Bréfritari: Aðalbjartur Bjarnason (Albert Arnason)
Dagsetning: A-1902-09-22
Skrifað á: Vesturheimi

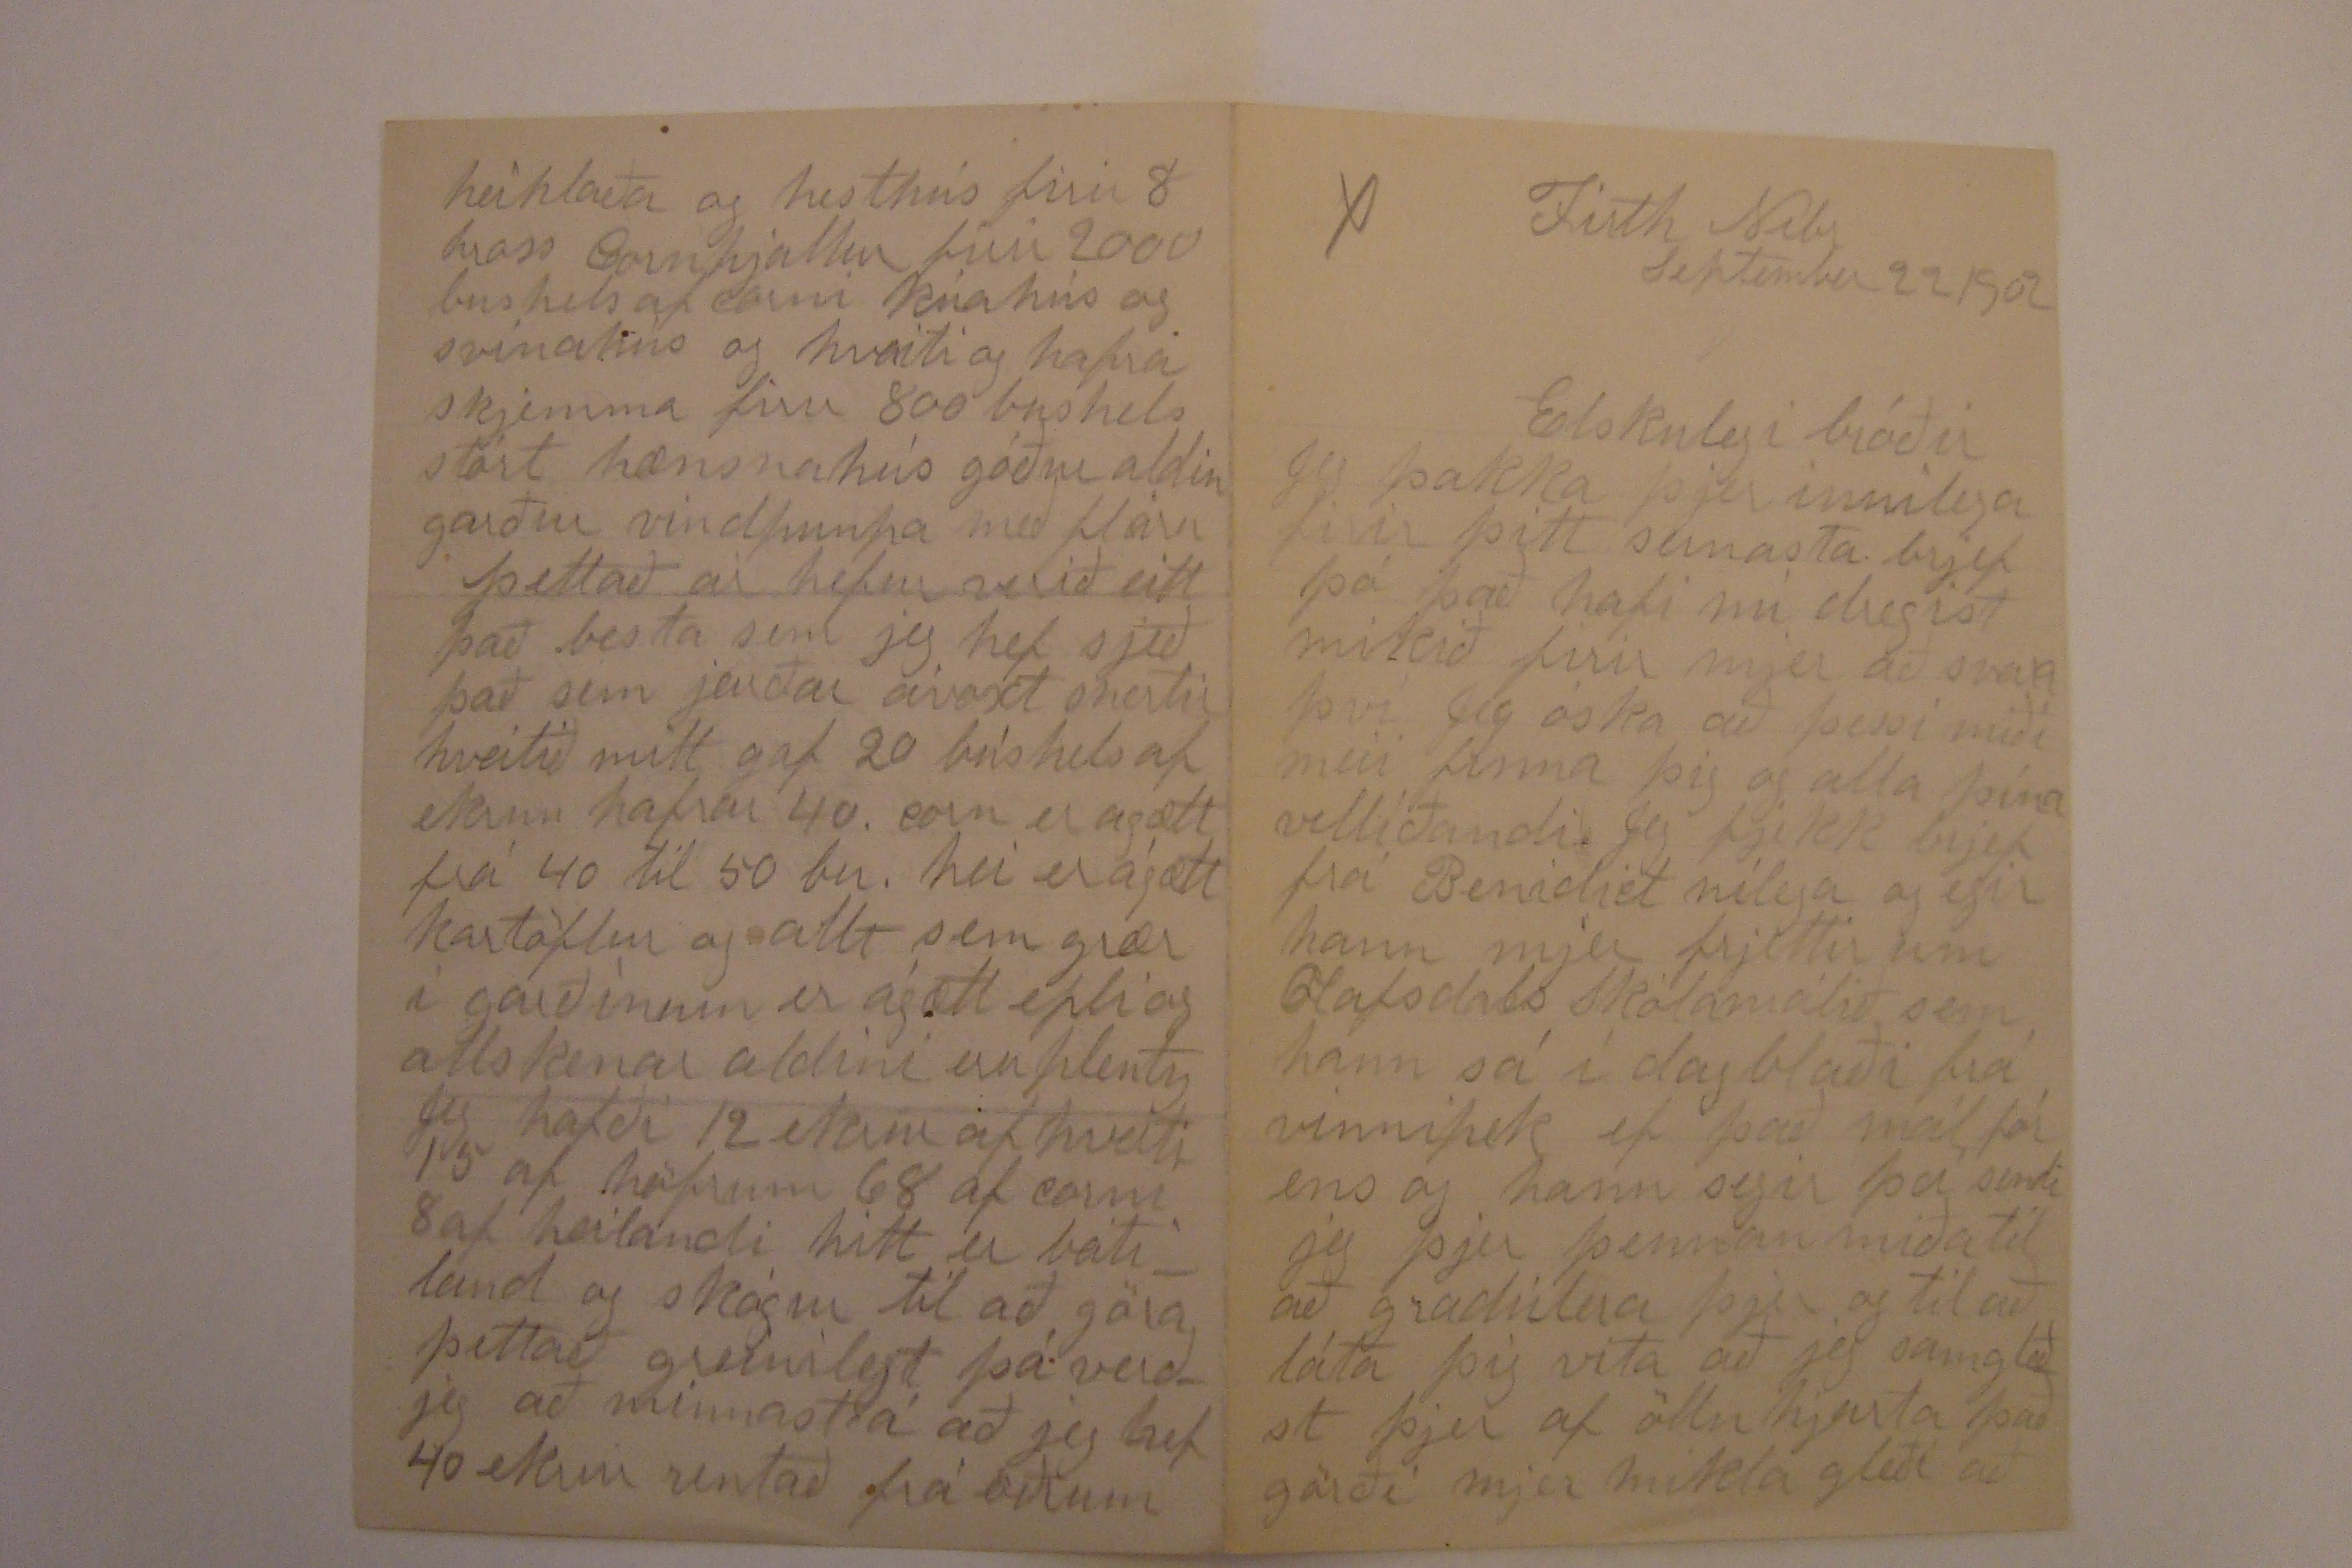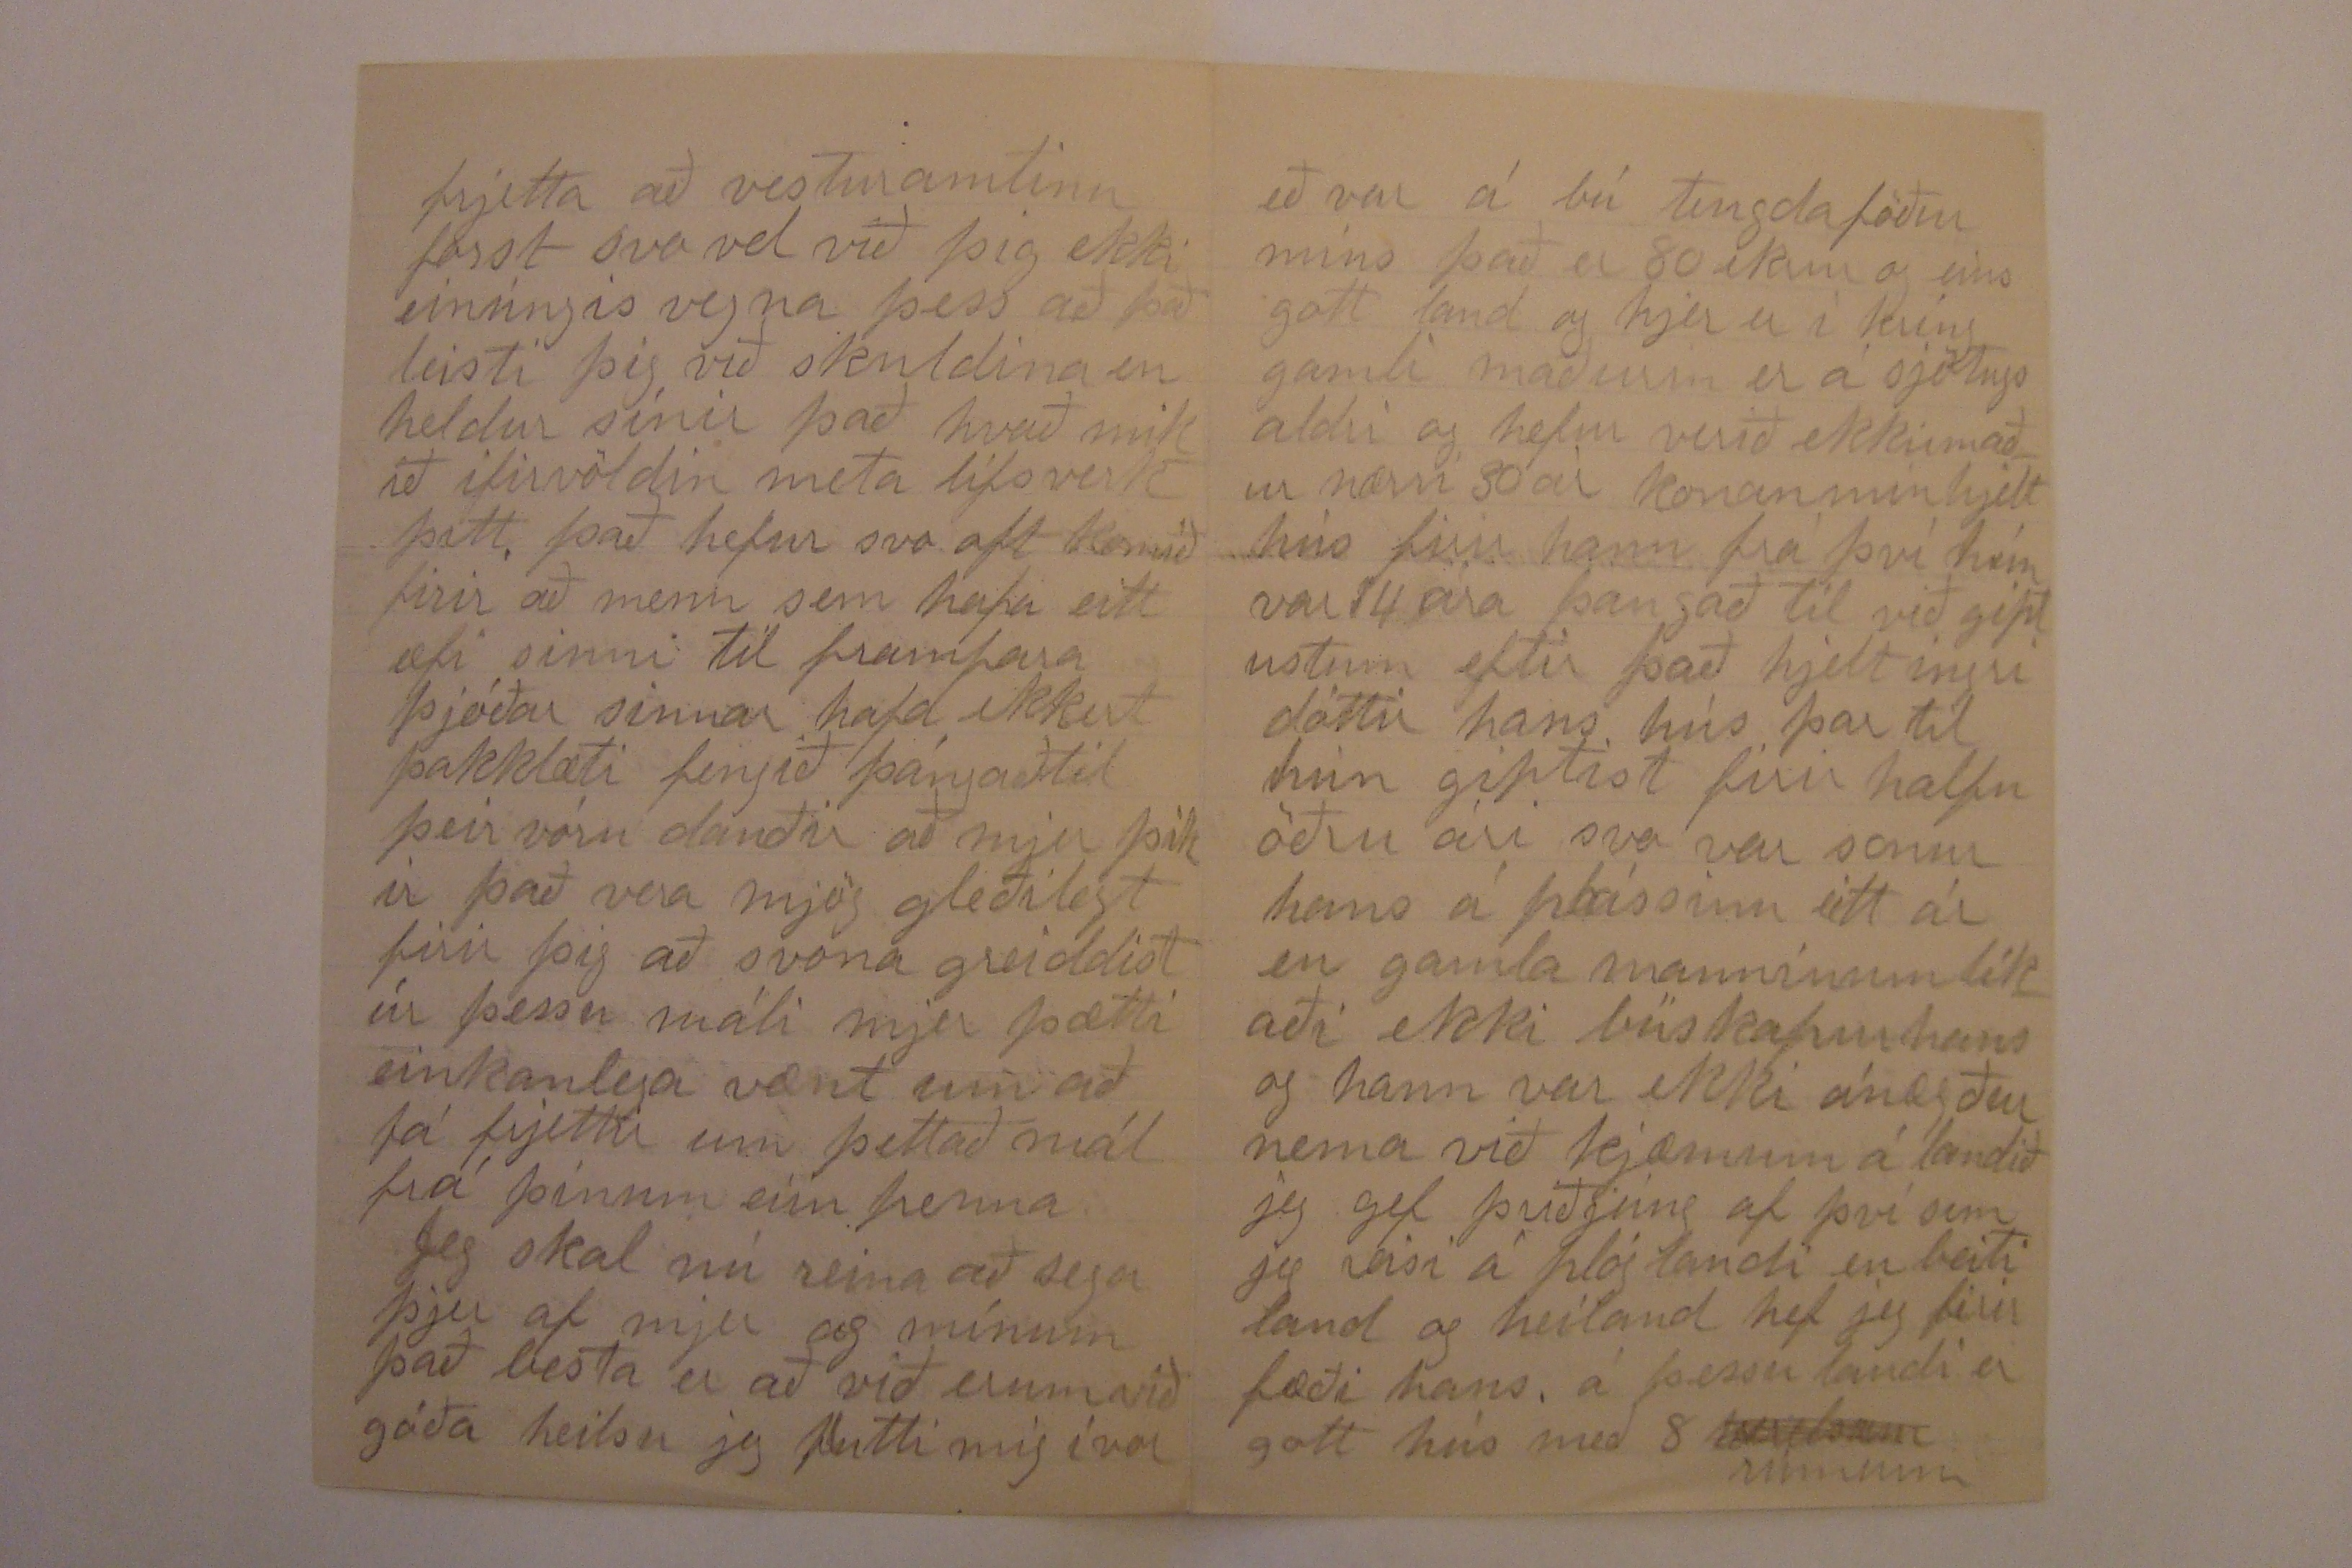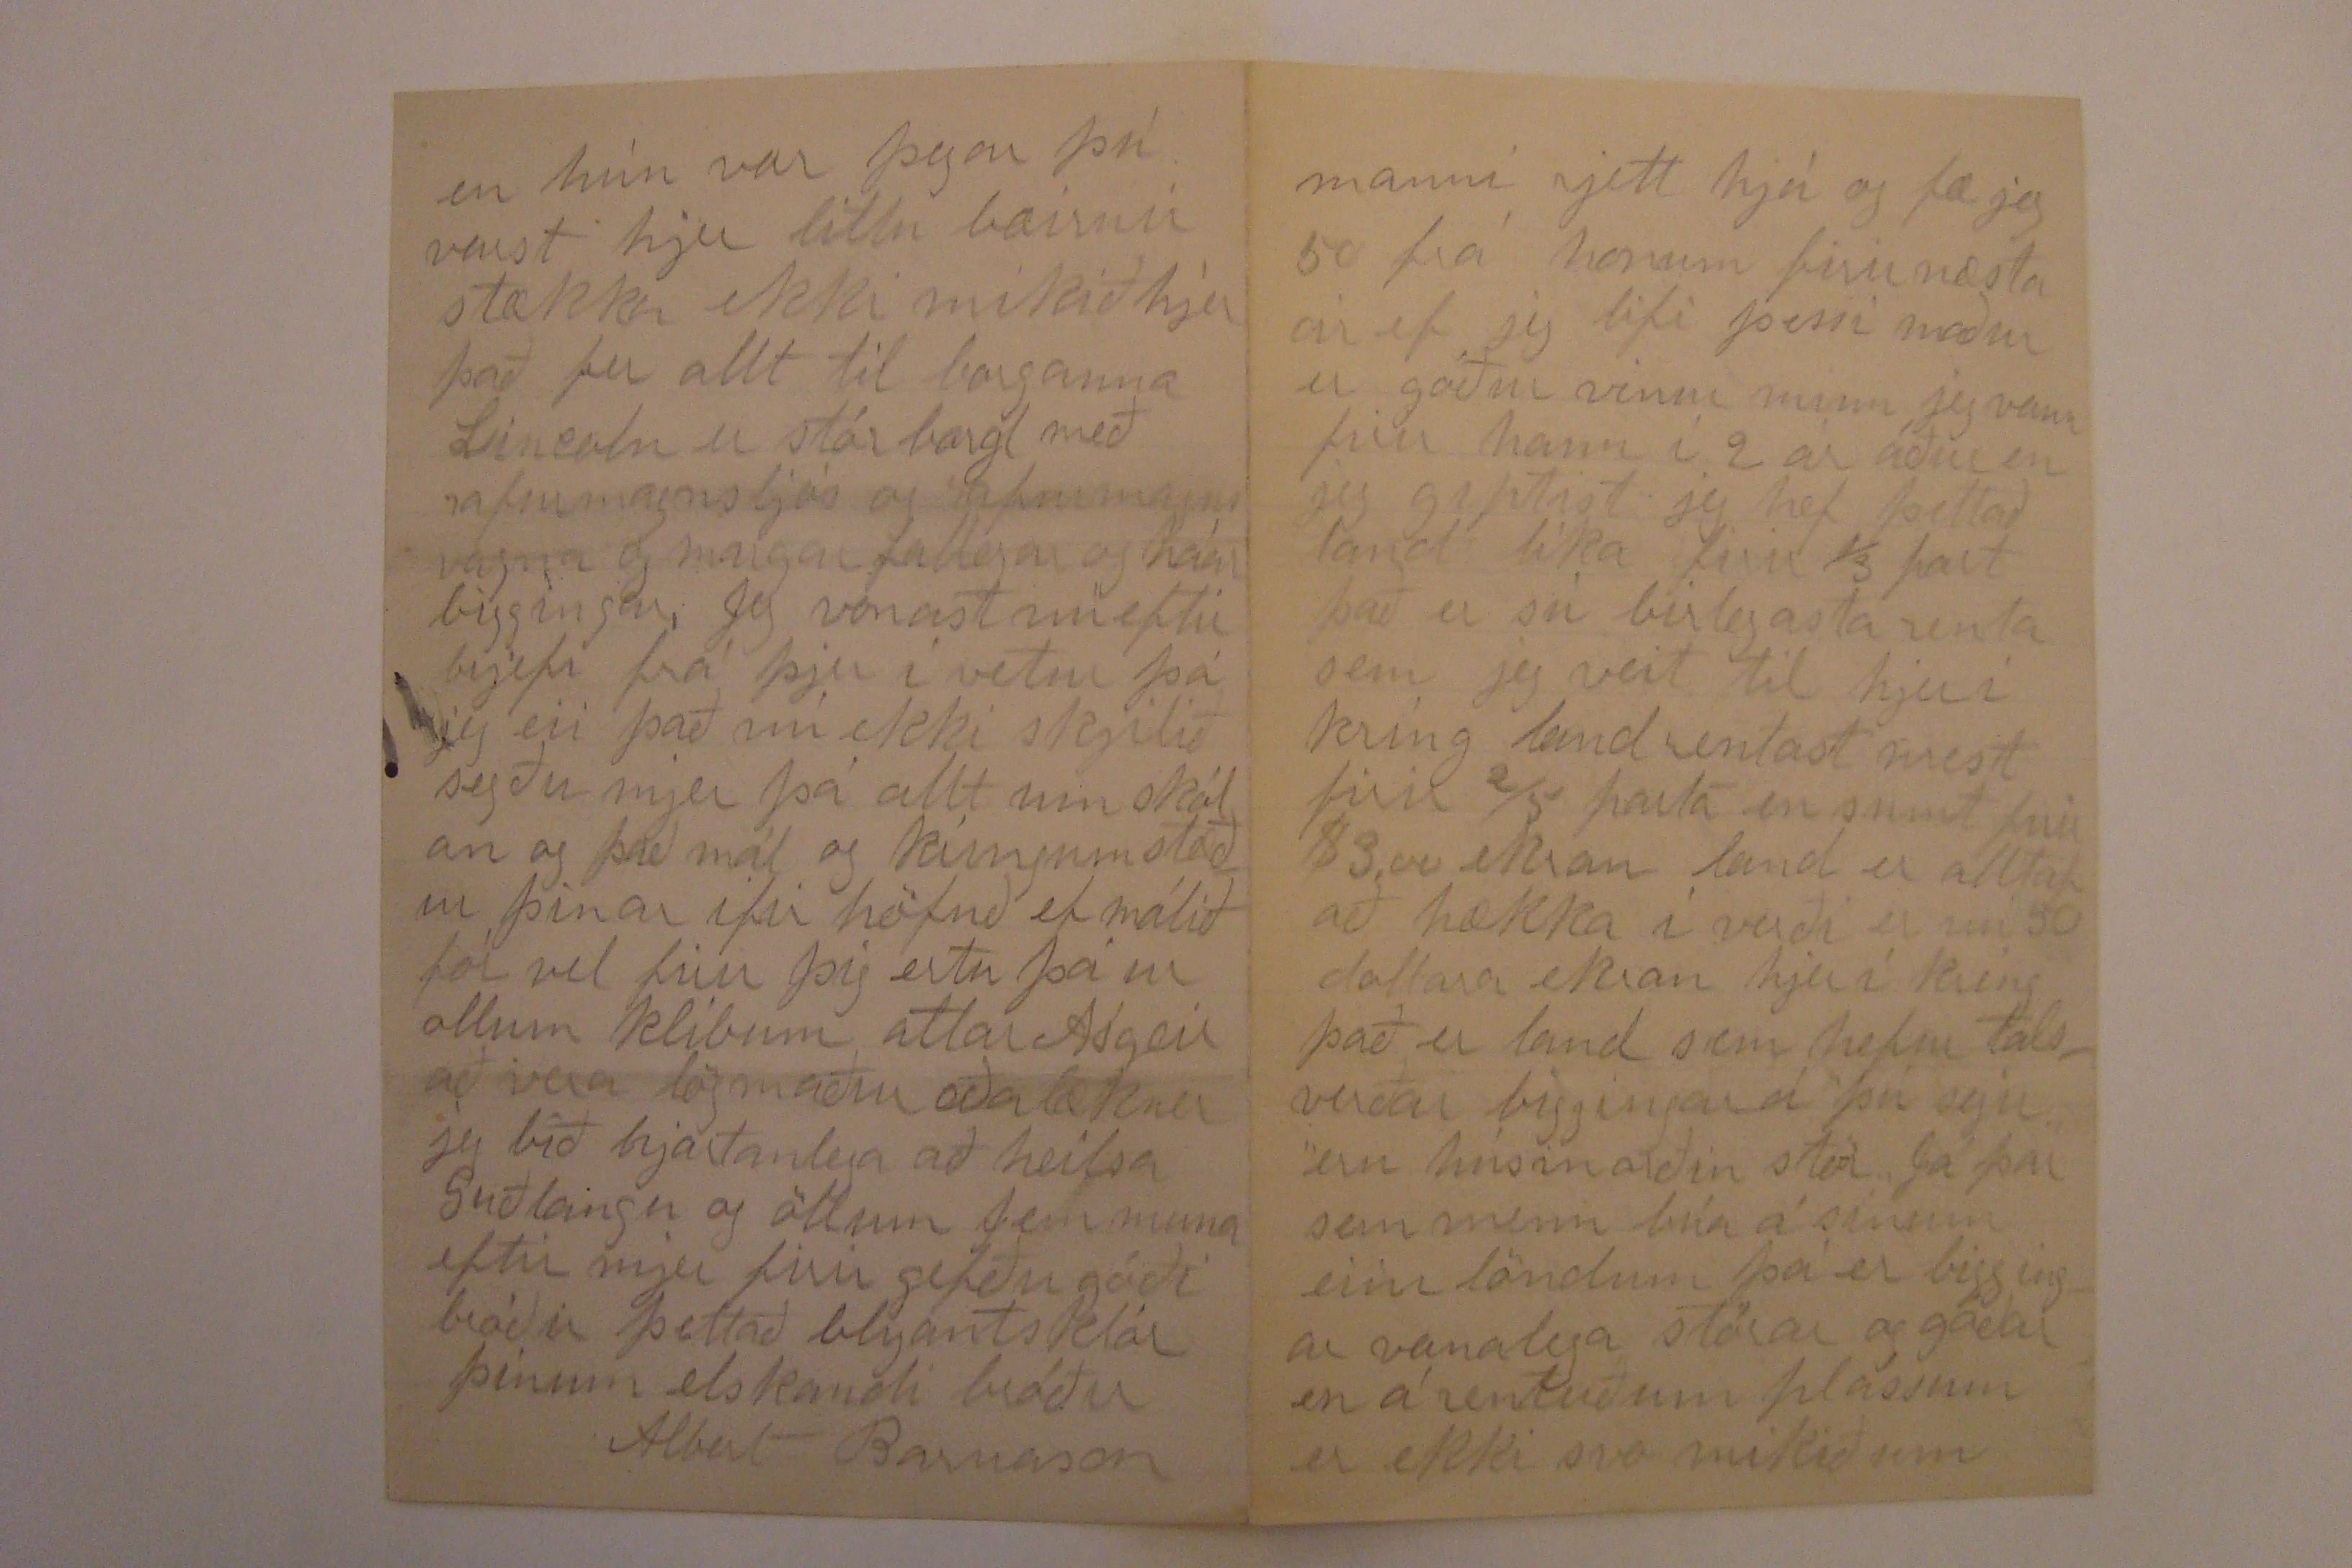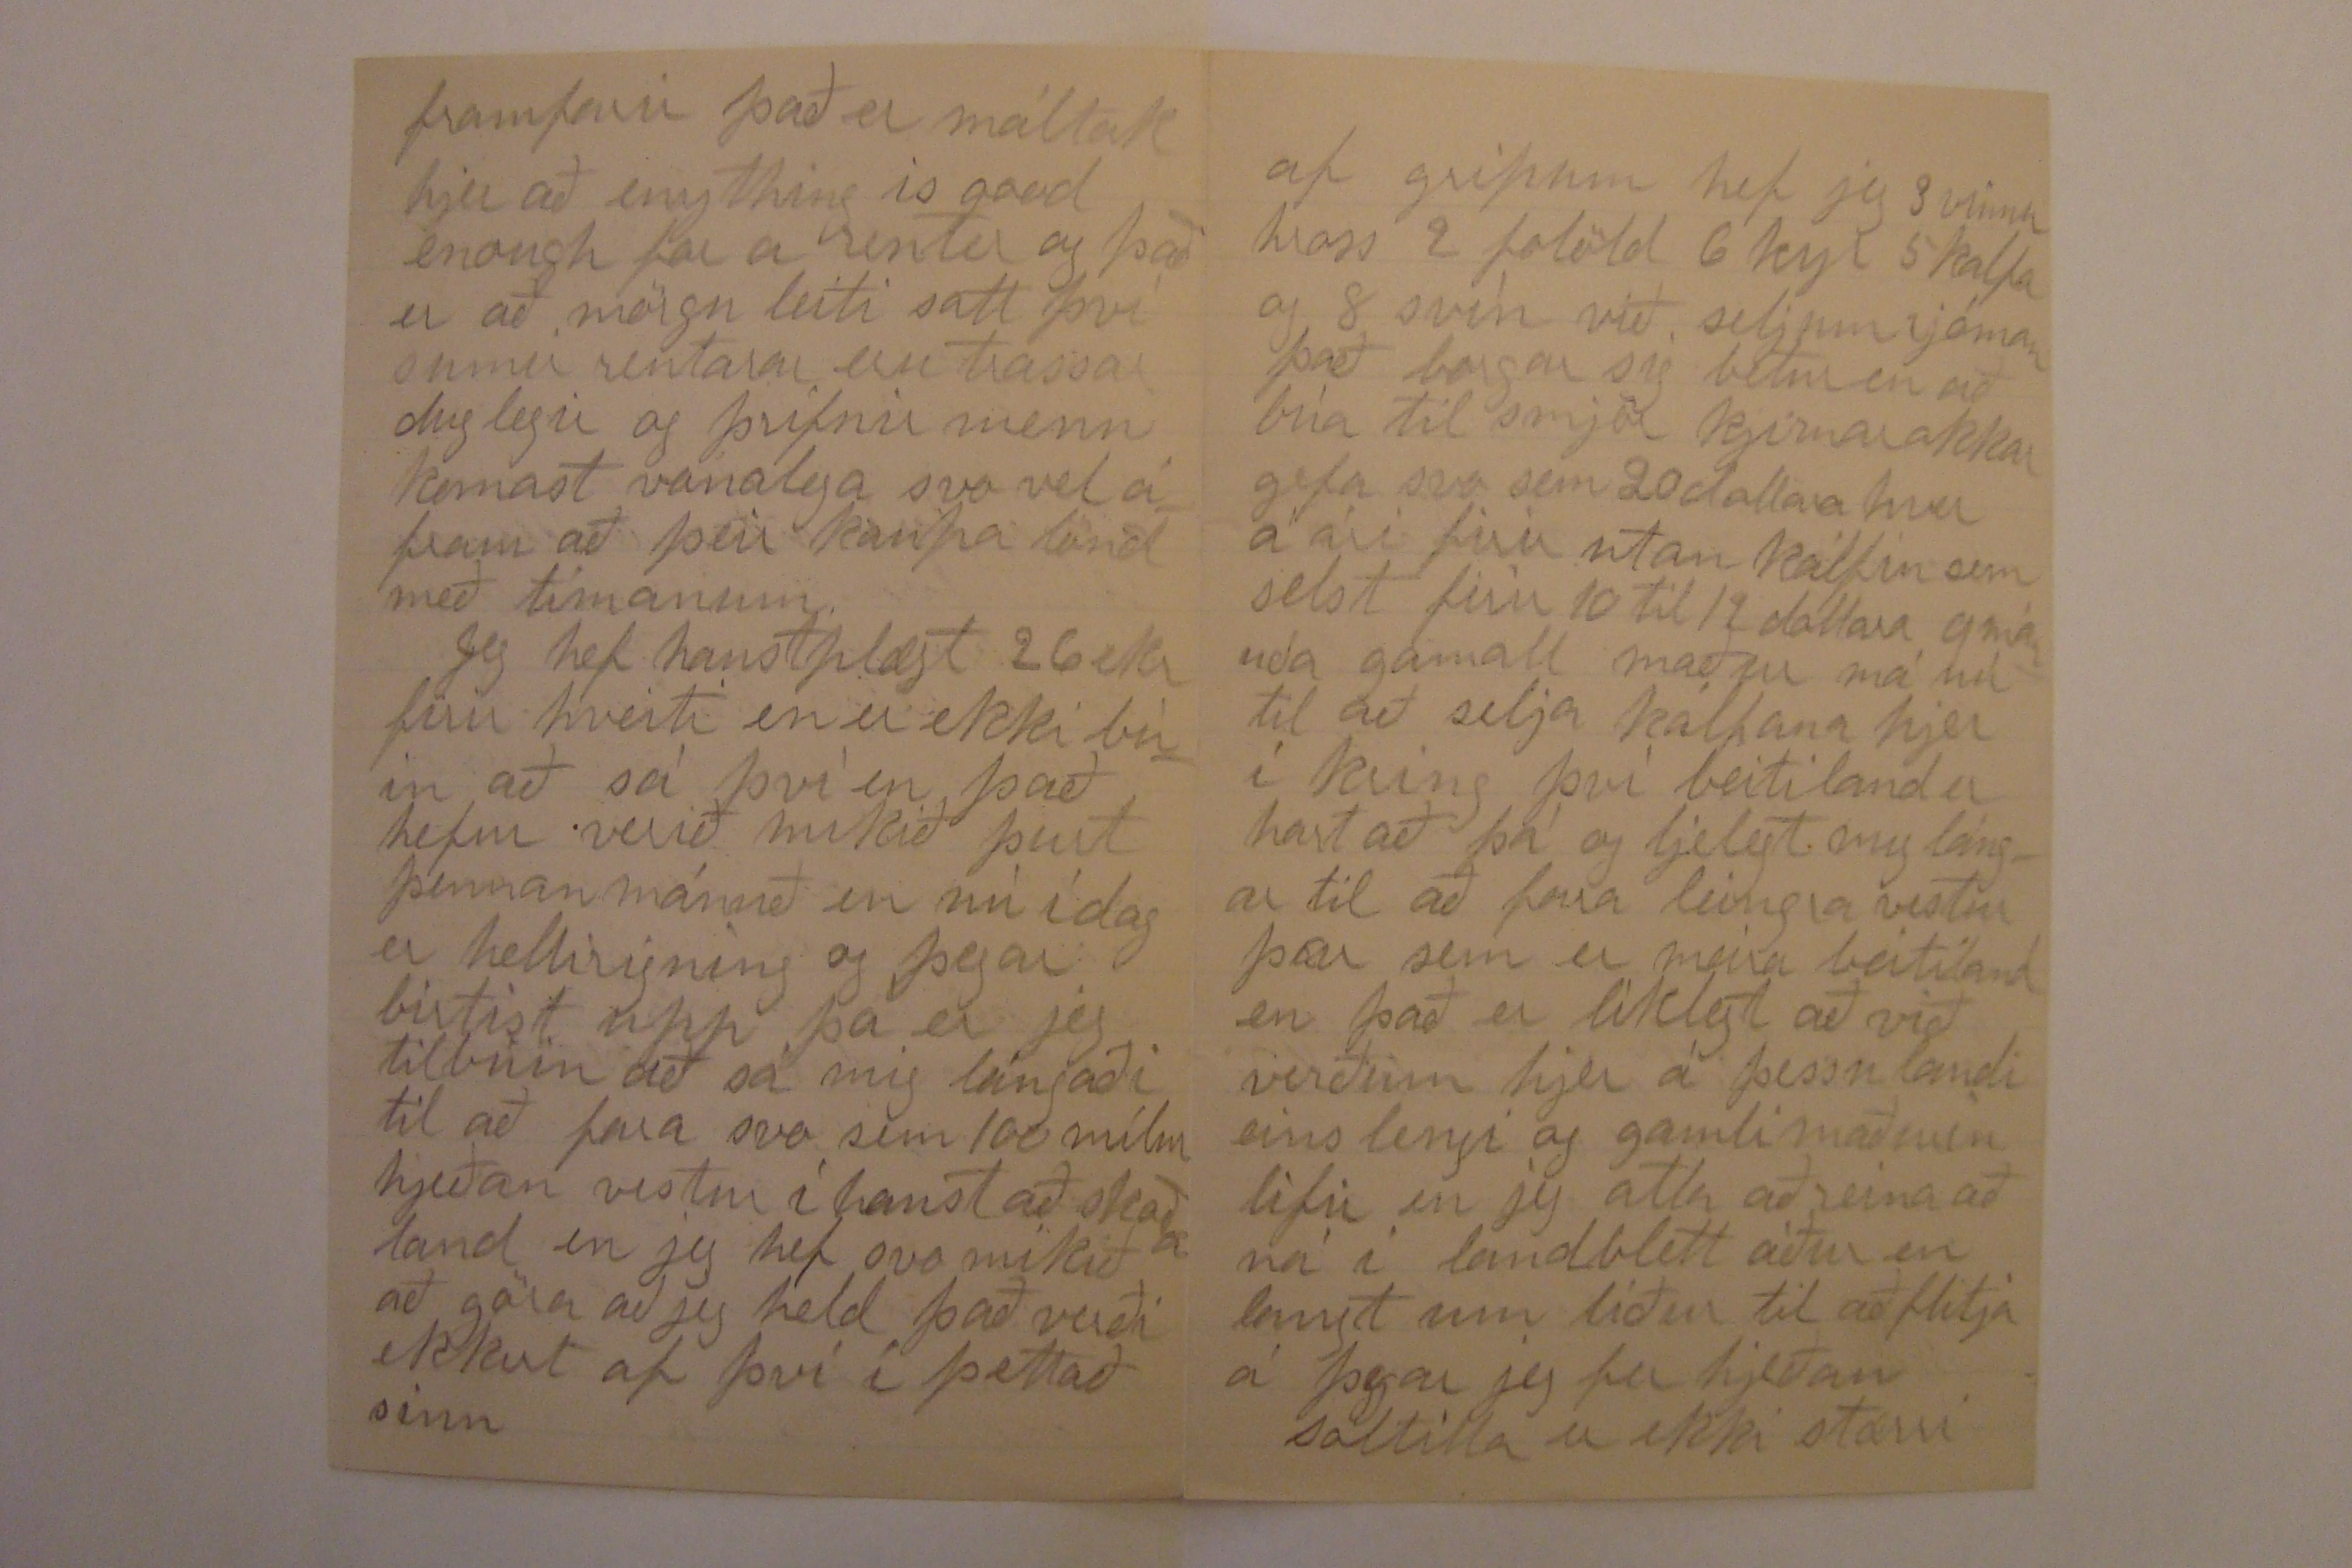

Firth Nebr
September 22 1902
Elskulegi bróðir
Jeg þakka þjer innilega firir þitt seinasta brjef þó það hafi nú dregist mikið firir mjer að svara því Jeg óska að þessi miði meii finna þig og alla þína vellíðandi Jeg fjekk brjef frá Benidict nílega og egir hann mjer frjettir um Olafsdals Skólamálið sem hann sá í dagblaði frá vinnipek ef það mál fór eins og hann segir þá sendi jeg þjer þennan miða til að gradúlera þjer og til að láta þig vita að jeg samgleðst þjer af öllu hjarta það görði mjer mikla gleði að
frjetta að vesturamtinu
forst
svo vel við þig ekki einúngis vegna þess að það leisti þig við skuldina en heldur sínir það hvað mikið ifirvöldin meta lífsverk þitt það hefur svo oft komið firir að menn sem hafa eitt æfi sinni til framfara þjóðar sinnar hafa ekkert þakklæti fengið þángað til þeir vóru dauðir að mjer þikir það vera mjög gleðilegt firir þig að svona greiddist úr þessu máli mjer þætti einkanlega vænt um að fá frjettir um þettað mál frá þínum eiin penna.
Jeg skal nú reina að sega þjer af mjer og mínum það besta er að við erum við góða heilsu jeg flutti mig í vor
ið var á bú tengdaföður míns það er 80 ekrur og eins gott land og hjer er í kríng gamli maðurin er á sjötugs aldri og hefur verið ekkumaður nærri 30 ár konan mín hjelt hús firir hann frá því hún var 14 ára þangað til við giptumst eftir það hjelt ingri dóttir hans hús þar til hún giptist firir halfu öðru ári svo var sonur hans á plássinu eitt ár en gamla manninum líkaði ekki búskapur hans og hann var ekki ánægður nema við kjæmum á landið jeg gef þriðjúng af því sem jeg reisi á plóglandi en beitiland og heiland hef jeg firir fæði hans, á þessu landi er gott hús með 8
000000
rúmum
heihlaða og hesthús firir 8 hross Cornhjallur firir 2000 bushels af corni kúahús og svínahús og hveiti og hafra skjemma firir 800 bushels stórt hænsnsahús góður aldin garður vindpumpa með
flávi
Þettað ár hefur verið eitt það besta sem jeg hef sjeð það sem jarðar ávoxt snertir hveitið mitt gaf 20 búshels af ekrum hafrar 40 corn er agætt frá 40 til 50 bu. hei er ágætt kartöflur og allt sem grær í garðinum er ágætti epli og alls konar aldini eru plenty Jeg hafði 12 ekrur af hveiti 15 af höfrum 68 af corni 8 af heilandi hitt er beitiland og skógur til að göra þettað greinilegt þá verð jeg að minnast á að jeg hef 40 ekrur rentað frá öðrum
manni rjett hjá og fæ jeg 50 frá honum firir næsta ár ef jeg lifi þessi maður er góður vinur minn jeg vann firir hann í 2 ár áður en jeg giptist jeg hef þettað land líka firir 1/3 part það er sú birlegasta renta sem jeg veit til hjer í kíng land rentast mest firir 2/5 parta en sumt firir $3,00 ekran land er alltaf að hækka í verði er nú 50 dollara ekran hjer í kríng það er land sem hefur talsverðar biggingar á þú segir "eru húsin orðin stór„ Já þar sem menn búa á sínum eiin löndum þá er biggingar vanalega stórar og góðar en á rentuðum plássum er ekki svo mikið um
framfarir það er máltak hjer að enything is good enough for a renter og það er að mörgu leiti satt því sumir rentarar eru trassar duglegir og þrifnir menn komast vanalega svo vel áfram að þeir kaupa lönd með tímanum
Jeg hef haustplægt 26 ekr firir hveiti en er ekki búin að sá því en það hefur verið mikið þurt þennan mánuð en nú í dag er hellirigning og þegar birtist upp þá er jeg tilbúin að sá mig lángaði til að fara svo sem 100 mílur hjeðan vestur í haust og skoða land en jeg hef svo mikið að göra að jeg held það verði ekkert af því í þettað sinn
af gripum hef jeg 3 vinnuhross 2 folöld 6 kyr 5 kalfa og 8 svín við seljum rjóman það borgar sig betur en að búa til smjör kjírnar okkar gefa svo sem 20 dollara hver á ári firir utan kálfin sem selst firir 10 til 12 dollara 9 mánða gamall maður má nú til að selja kálfana hjer í kríng því beitiland er hart að fá og ljelegt mig lángar til að fara leingra vestur þar sem er meira beitiland en það er líklegt að við verðum hjer á þessu landi eins lengi og gamli maðurin lifir en jeg atla að reina að ná í landblett áður en langt um líður til að flitja á þegar jeg fer hjeðan
Saltilla
er ekki stærri
en hún var þegar þú varst hjer litlu bæirnir stækka ekki mikið hjer það fer allt til borganna Lincoln er stór borg með rafurmagnsljós og rafurmagnsvagna og margar fallegar og háar biggingar Jeg vonast nú eftir brjefi frá þjer í vetur þó jeg eii það nú ekki skjilið segðu mjer þá allt um skólan og það mál og kríngumstæður þínar ifir höfuð ef málið fór vel firir þig ertu þá ur ollum klíbum atlar Ásgeir að vera lögmaður eða læknir jeg bið hjartanlega að heilsa Guðlaugu og öllum sem muna eftir mjer firirgefðu góði bróðir þettað blyantsklór þínum elskandi bróðir
Albert Barnason